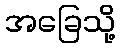
အခြေသို့